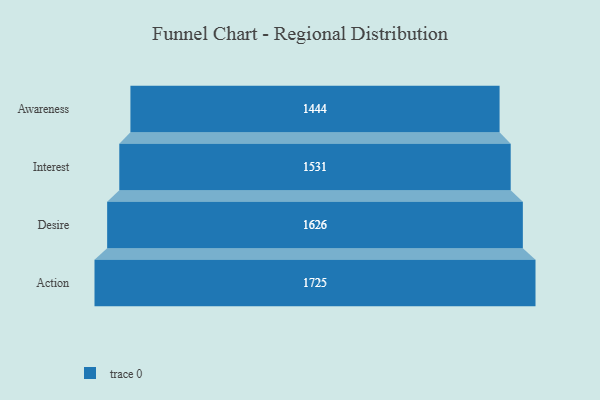
{"axis": {"x": "Stage", "y": "Value"}, "legend": [""], "data": [{"x": "Awareness", "y": 1444.0, "type": ""}, {"x": "Interest", "y": 1531.0, "type": ""}, {"x": "Desire", "y": 1626.0, "type": ""}, {"x": "Action", "y": 1725.0, "type": ""}]}